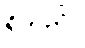
ရှိသည်။